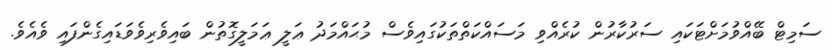
ސަމިޓް ބޭއްވުމަށްޓަކައި ސަރުކާރުން ކުރެއްވި މަސައްކަތްތަކުގައިވެސް މުޙައްމަދު ޢަލީ ޢަމަލީގޮތުން ބައިވެރިވެވަޑައިގެންފައި ވެއެވެ.